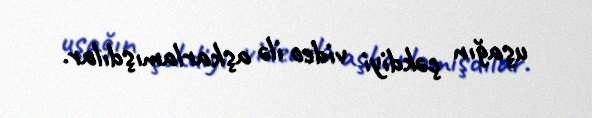
uşağın çəkdiyi video ilə aşkarlamışdılar.